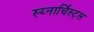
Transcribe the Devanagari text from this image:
स्य्नार्चिस्ट्स